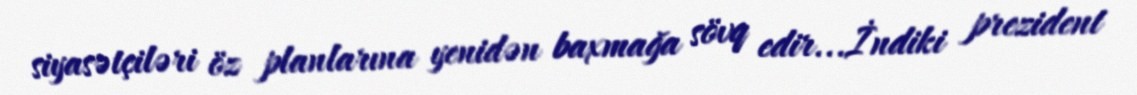
siyasətçiləri öz planlarına yenidən baxmağa sövq edir...İndiki prezident